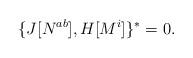
\begin{align*}\{ J[N^{a b}], H[M^{i}] \}^{*} = 0 . \end{align*}